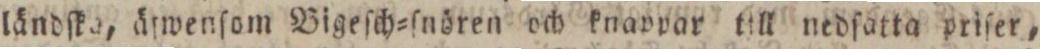
ländſka, äſwenſom Bigeſch=ſnören och knappar till nedſatta priſer,